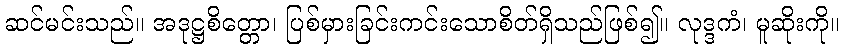
ဆင်မင်းသည်။ အဒုဋ္ဌစိတ္တော၊ ပြစ်မှားခြင်းကင်းသောစိတ်ရှိသည်ဖြစ်၍။ လုဒ္ဒကံ၊ မူဆိုးကို။